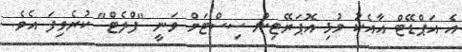
އެ އަޕްޑޭޓް އާއެކު މުޅި އޮޕަރޭޓިން ސިސްޓަމް ވަނީ "ފްލެޓް" ކުރެވިފަ އެވެ.